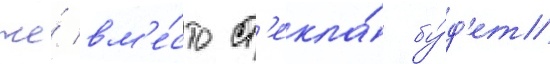
же́ вм'е́сто ст'екла́ бу́д'ет